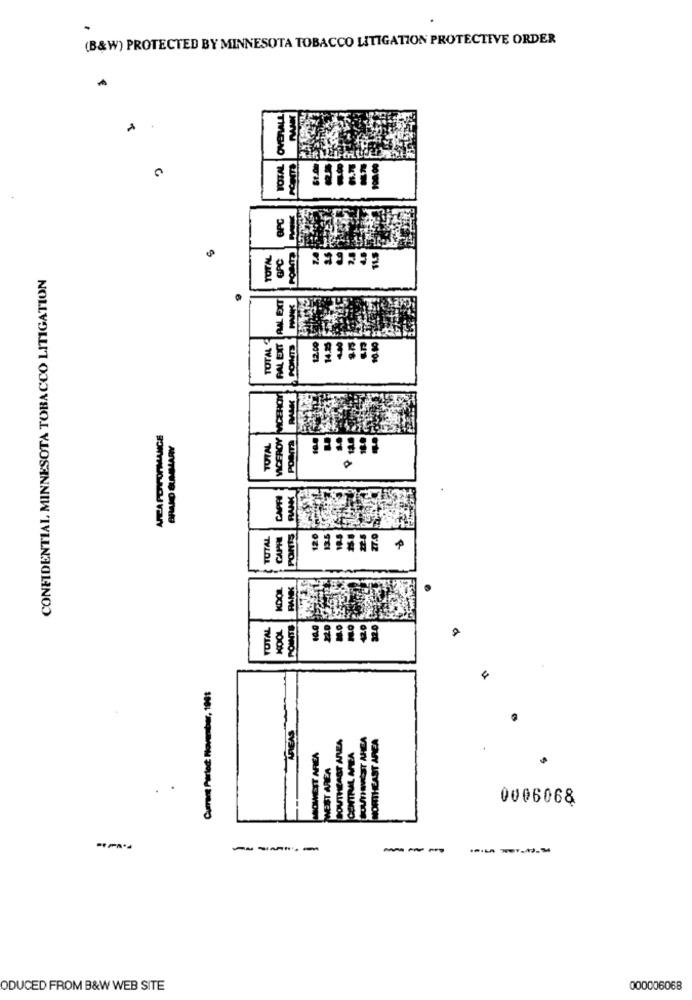
.
(B&W) PROTECTED BY MINNESOTA TOBACCO LITIGATION PROTECTIVE ORDER
OVERALL
A
TOTAL
PC
TOTAL
GPC
CONFIDENTIAL MINNESOTA TOBACCO LITIGATION
PAL EXT RAL EXT
PAL EXT
10.10
TOTAL
PAL EXT
PONTS
12.00
14.2
HOT
VICEROY
POama
BRAND BUINIMARY
TOTAL
CAPR
TOTAL
CAPHE
120
KDOL
TOTAL
KOOL
POINTE
Currant Parlect: November, 1981
SOWEIT AREA
0006068
-----
---
ODUCED FROM B&W WEB SITE
000006068